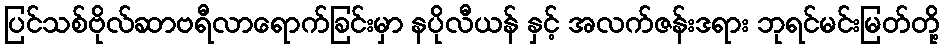
ပြင်သစ်ဗိုလ်ဆာဗရီလာရောက်ခြင်းမှာ နပိုလီယန် နှင့် အလက်ဇန်းဒရား ဘုရင်မင်းမြတ်တို့